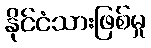
နိုင်ငံသားဖြစ်မှု